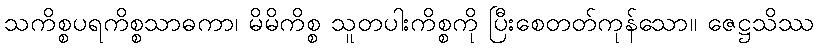
သကိစ္စပရကိစ္စသာဓကာ၊ မိမိကိစ္စ သူတပါးကိစ္စကို ပြီးစေတတ်ကုန်သော။ ဇေဋ္ဌသိဿ